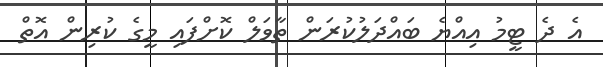
އެ ދެ ޓީމު އިއްޔެ ބައްދަލުކުރަން ތާވަލް ކޮށްފައި މީގެ ކުރިން އޮތް